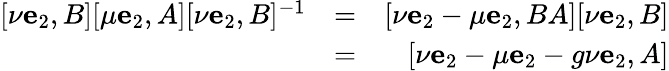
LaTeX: \begin{array}{rlr}{[\nu\mathbf{e}_{2},B][\mu\mathbf{e}_{2},A][\nu\mathbf{e}_{2},B]^{-1}}&{=}&{[\nu\mathbf{e}_{2}-\mu\mathbf{e}_{2},BA][\nu\mathbf{e}_{2},B]}\\ &{=}&{[\nu\mathbf{e}_{2}-\mu\mathbf{e}_{2}-g\nu\mathbf{e}_{2},A]}\end{array}